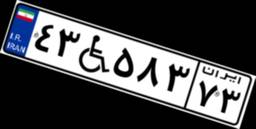
۴۳W۵۸۳۷۳